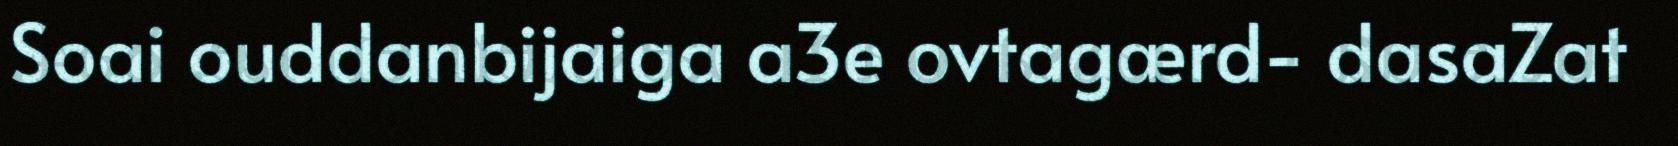
Soai ouddanbijaiga a3e ovtagærd- dasaZat